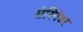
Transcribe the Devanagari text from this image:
सेरिनेडर